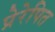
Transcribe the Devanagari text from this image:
प्रेरेपित